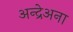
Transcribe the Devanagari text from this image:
अन्द्रेअना